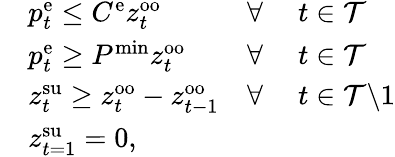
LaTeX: \begin{array}{rlrl}&{p_{t}^{\mathrm{{e}}}\leq C^{\mathrm{e}}z_{t}^{\mathrm{{oo}}}}&{\forall~}&{t\in\mathcal{T}}\\ &{p_{t}^{\mathrm{e}}\geq P^{\mathrm{{min}}}z_{t}^{\mathrm{oo}}}&{\forall~}&{t\in\mathcal{T}}\\ &{z_{t}^{\mathrm{{su}}}\geq z_{t}^{\mathrm{oo}}-z_{t-1}^{\mathrm{{oo}}}}&{\forall~}&{t\in\mathcal{T}\backslash 1}\\ &{z_{t=1}^{\mathrm{su}}=0,}\end{array}